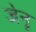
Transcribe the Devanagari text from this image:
जेनू